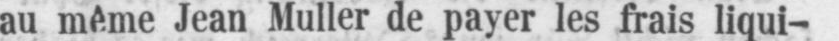
au même Jean Muller de payer les frais liqui-